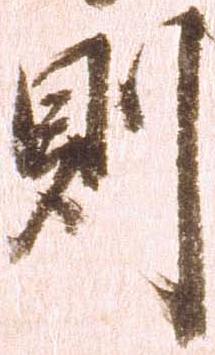
則